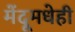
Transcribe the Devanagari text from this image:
मेंदूमधेही